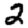
Digit: 2